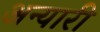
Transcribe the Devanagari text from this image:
अन्यारी